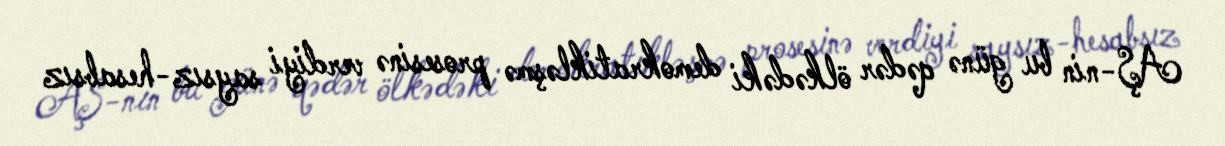
AŞ-nin bu günə qədər ölkədəki demokratikləşmə prosesinə verdiyi saysız-hesabsız